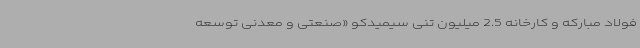
فولاد مبارکه و کارخانه 2.5 میلیون تنی سیمیدکو «صنعتی و معدنی توسعه